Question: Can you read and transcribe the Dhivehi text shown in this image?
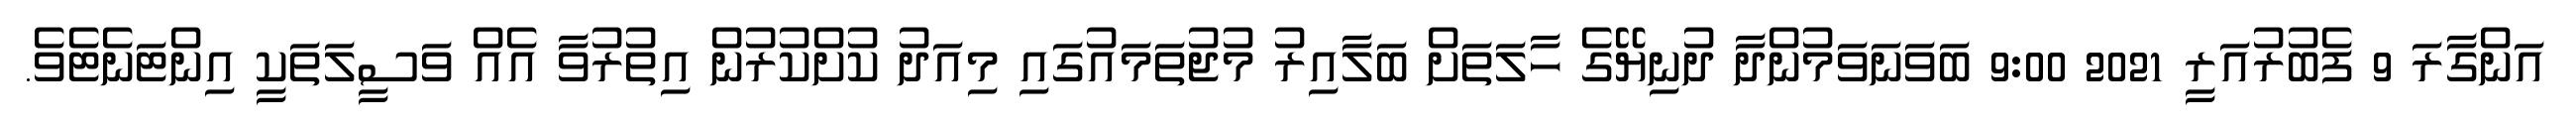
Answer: އަންގާރަ 9 ފެބުރުއަރީ 2021 9:00 ބަވަނަވަމުންދާ ދުނިޔޭގެ ހާލަތަށް ބަލާއިރު މުޖުތަމައުގައި މިއަދު ކުށްކުރުން އިތުރުވާ އެއް ވަސީލަތަކީ އިންޓަނެޓެވެ.